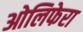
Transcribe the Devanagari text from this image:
ओलिफेरा